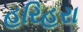
હરિહરા